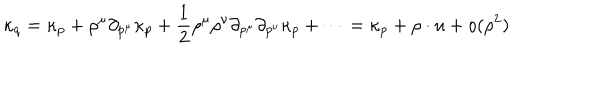
LaTeX: \kappa _ { q } = \kappa _ { p } + \rho ^ { \mu } \partial _ { p ^ { \mu } } \kappa _ { p } + \frac { 1 } { 2 } \rho ^ { \mu } \rho ^ { \nu } \partial _ { p ^ { \mu } } \partial _ { p ^ { \nu } } \kappa _ { p } + \cdots = \kappa _ { p } + \rho \cdot u + o ( \rho ^ { 2 } )